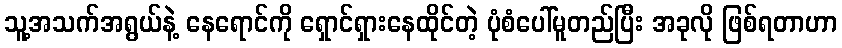
သူ့အသက်အရွယ်နဲ့ နေရောင်ကို ရှောင်ရှားနေထိုင်တဲ့ ပုံစံပေါ်မူတည်ပြီး အခုလို ဖြစ်ရတာဟာ